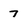
Character: 7